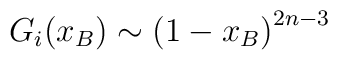
G_i(x_B)\sim\left(1-x_B\right)^{2n-3}